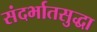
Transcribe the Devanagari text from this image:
संदर्भातसुद्धा